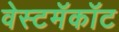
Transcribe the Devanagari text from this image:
वेस्टमॅकॉट